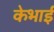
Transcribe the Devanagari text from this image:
केभाई